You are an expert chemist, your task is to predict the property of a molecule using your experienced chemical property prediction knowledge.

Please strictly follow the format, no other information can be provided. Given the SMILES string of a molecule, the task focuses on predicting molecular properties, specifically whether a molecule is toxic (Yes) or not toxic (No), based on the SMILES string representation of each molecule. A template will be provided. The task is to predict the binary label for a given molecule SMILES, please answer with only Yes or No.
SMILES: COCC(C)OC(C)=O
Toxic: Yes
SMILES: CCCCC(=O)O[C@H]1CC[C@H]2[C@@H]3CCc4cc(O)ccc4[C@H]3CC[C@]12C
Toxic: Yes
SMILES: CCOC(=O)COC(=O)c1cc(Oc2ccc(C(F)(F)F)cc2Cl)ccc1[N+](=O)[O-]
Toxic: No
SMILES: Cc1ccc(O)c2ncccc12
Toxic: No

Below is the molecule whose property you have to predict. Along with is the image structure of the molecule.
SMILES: CCCCC(CC)COC(=O)CCCCC(=O)OCC(CC)CCCC
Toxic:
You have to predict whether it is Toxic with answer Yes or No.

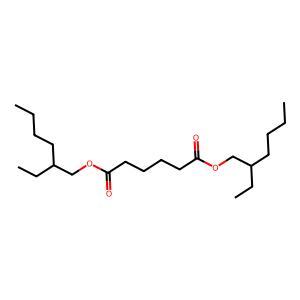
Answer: No